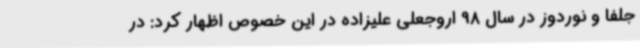
جلفا و نوردوز در سال 98 اروجعلی علیزاده در این خصوص اظهار کرد: در